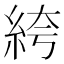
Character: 絝